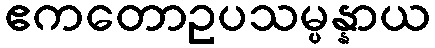
ဧကတောဥပသမ္ပန္နာယ